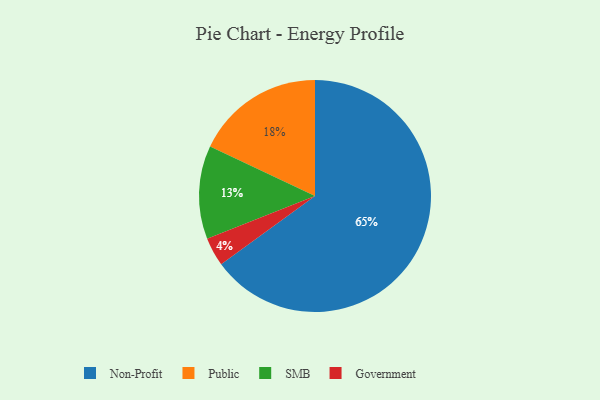
{"axis": {"x": "Category", "y": "Percentage"}, "legend": ["Government", "Non-Profit", "Public", "SMB"], "data": [{"x": "Government", "y": 4, "type": "Government"}, {"x": "Public", "y": 18, "type": "Public"}, {"x": "SMB", "y": 13, "type": "SMB"}, {"x": "Non-Profit", "y": 65, "type": "Non-Profit"}]}